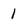
Character: 1